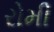
રોમી